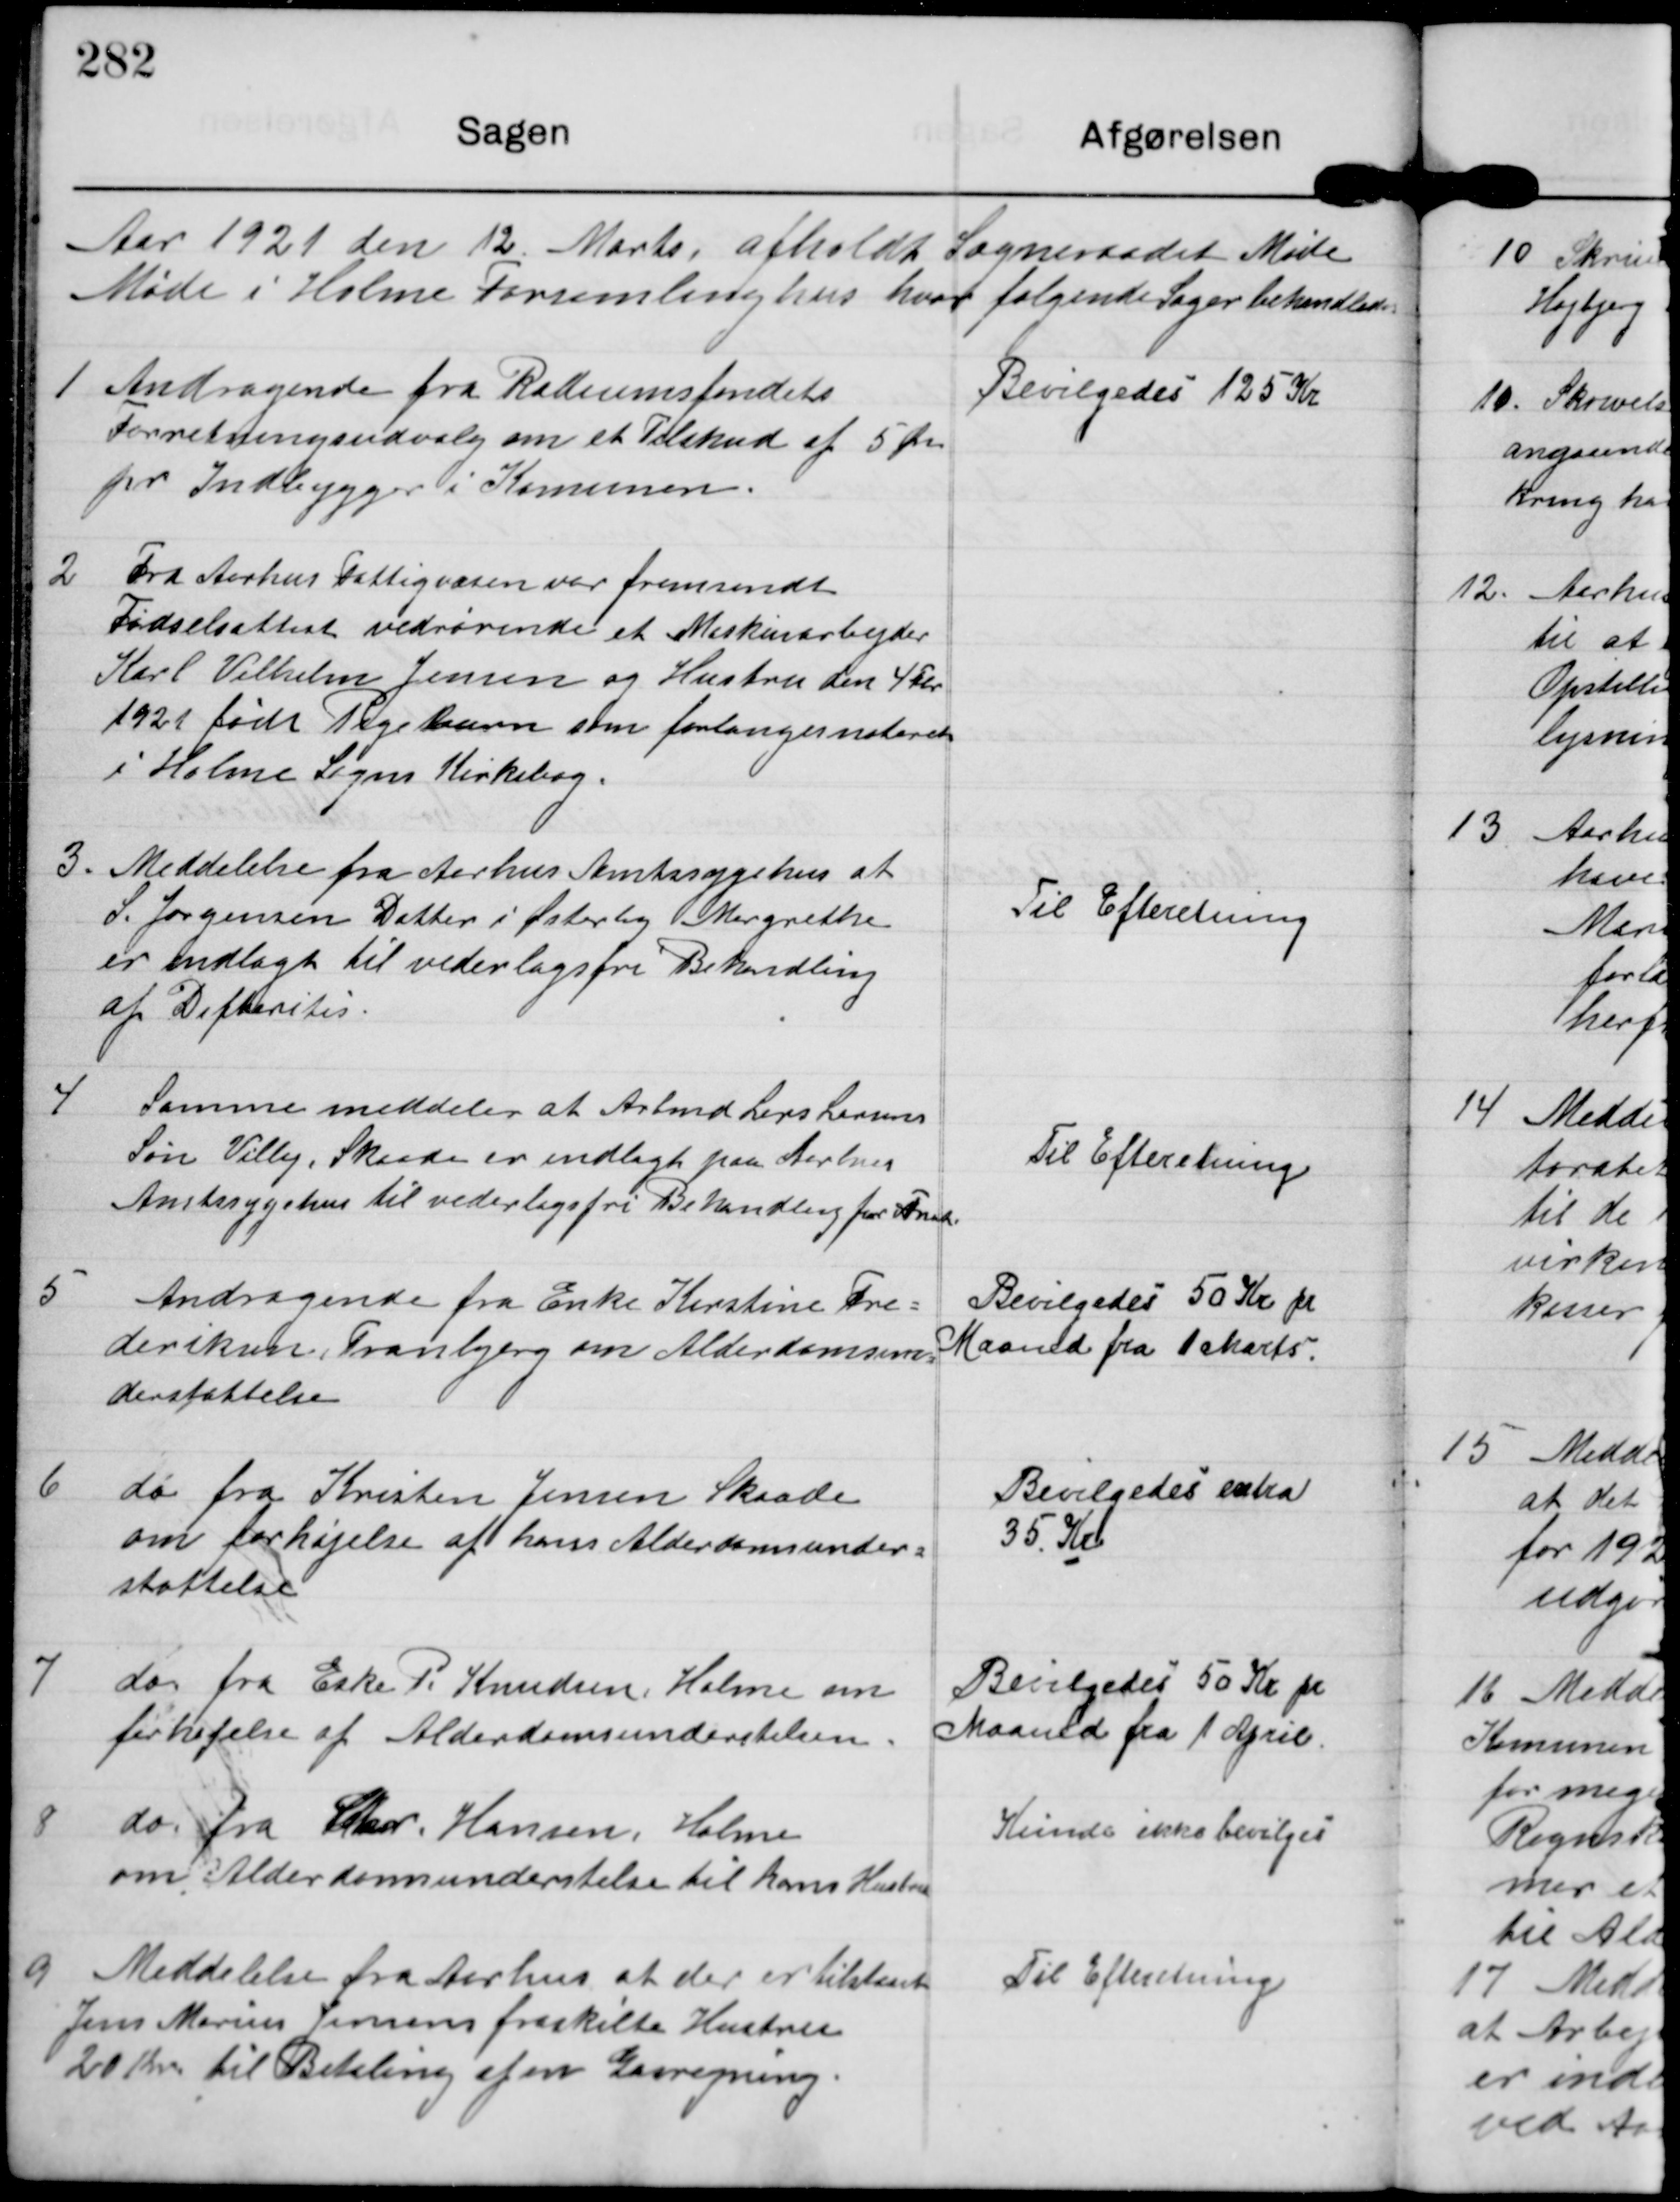
Transskription:
Aar 1921 den 12 Marts afholdt Sogneraadet Møde
Møde i Holme Forsamlinghus hvor følgende Sager behandledes

1

Andragende fra Radiumsfondets
Forretningsudvalg om et Tilskud af 5 Øre
pr Indbygger i Komunen.

Bevilgedes 125 Kr

2

Fra Aarhus Fattigvæsen var fremsendt
Fødselsattest vedrørende et Maskinarbejder
Karl Vilhelm Jensen og Hustru den 4 Feb.
1921født Pigebarn som forlanges noteret
i Holme Sogs Kirkebog.

3.

Meddelelse fra Aarhus Amtssygehus at
S. Jørgensen Datter i Østerby Margrethe
er indlagt til vederlagsfri Behandling
af Difteritis.

Til Efterretning.

4

Samme meddeles at Arbmd Lars Larsens
Søn Villy, Skaade er indlagt paa Aarhus
Amtssygehus til vederlagsfri Behandling for Fnat

Til Efteretning.

5

Andragende fra Enke Kirstine Fre-
deriksen Tranbjerg om Alderdomsun-
derstøttelse

Bevilgedes 50 Kr pr
Maaned fra 1 Marts.

6

do fra Kristen Jensen Skaade.
om forhøjelse af hans Alderdomsunder-
støttelse

Bevilgedes extra
35 Kr

7

do fra Eske P Knudsen Holme om
forhøjelse af Alderdomsunderstelsen.

Bevilgedes 50 Kr pr
Maaned fra 1 April.

8

do Fra Chr. Hansen, Holme
om Alderdomsunderstelse til Hans Hustru

Kunde ikke bevilges

9

Meddelelse fra Aarhus at der er tilstaaet
Jens Marius Jensens fraskilte Hustru
20 Kr til Betaling for Gasregning.

Til Efterretning.